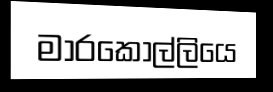
මාරකොල්ලියෙ